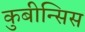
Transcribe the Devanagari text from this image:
कुबीन्सिस